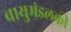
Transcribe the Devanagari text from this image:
वायुमंडलकी